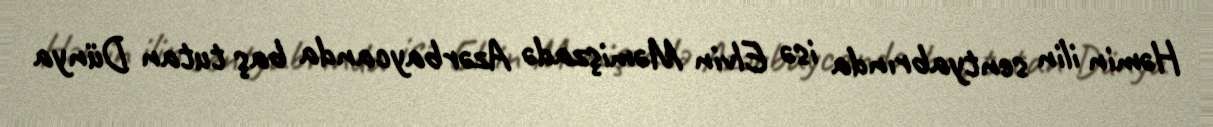
Həmin ilin sentyabrında isə Elvin Məmişzadə Azərbaycanda baş tutan Dünya